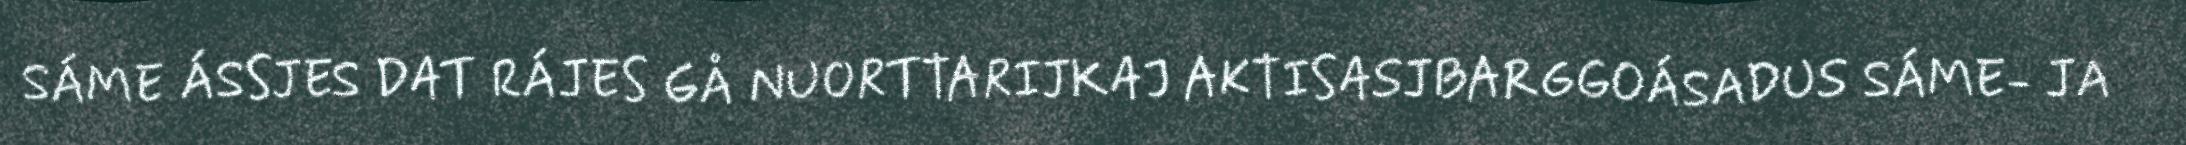
SÁME ÁSSJES DAT RÁJES GÅ NUORTTARIJKAJ AKTISASJBARGGOÁSADUS SÁME- JA